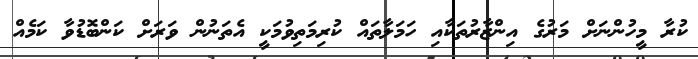
ކުރާ މީހުންނަށް މަރުގެ އިންޒާރުތަކާއި ހަމަލާތައް ކުރިމަތިވުމަކީ އެތަނުން ވަރަށް ކަންބޮޑުވާ ކަމެއް